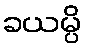
ခယမ္ပိ